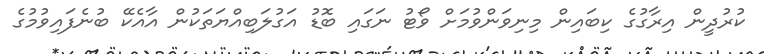
ކުރުދީން އިރާގުގެ ކިބައިން މިނިވަންވުމަށް ވޯޓު ނަގައި ބޮޑު އަގުލަބިއްޔަތަކުން އާއެކޭ ބުނެފައިވުމުގެ